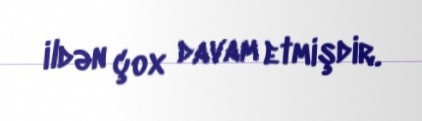
ildən çox davam etmişdir.